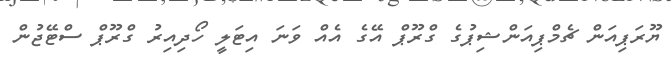
ޔޫރަޕިއަން ޗެމްޕިއަންޝިޕުގެ ގްރޫޕް އޭގެ އެއް ވަނަ އިޓަލީ ހޯދިއިރު ގްރޫޕް ސްޓޭޖުން